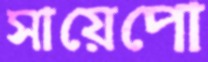
সায়েপো